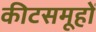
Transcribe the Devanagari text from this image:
कीटसमूहों